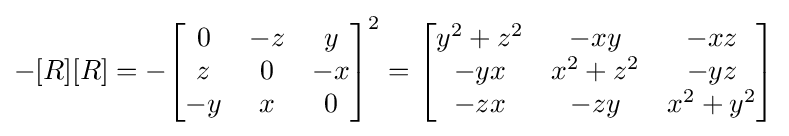
-[R][R]=-{\begin{bmatrix}0&-z&y\\z&0&-x\\-y&x&0\end{bmatrix}}^{2}={\begin{bmatrix}y^{2}+z^{2}&-xy&-xz\\-yx&x^{2}+z^{2}&-yz\\-zx&-zy&x^{2}+y^{2}\end{bmatrix}}